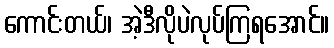
ကောင်းတယ်၊ အဲ့ဒီလိုပဲလုပ်ကြရအောင်။